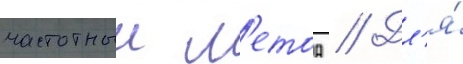
частотныи м'етод // Дл'я́